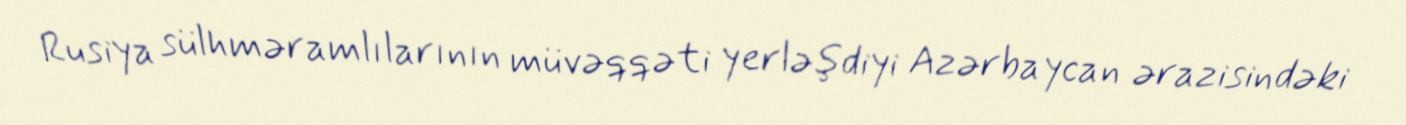
Rusiya sülhməramlılarının müvəqqəti yerləşdiyi Azərbaycan ərazisindəki